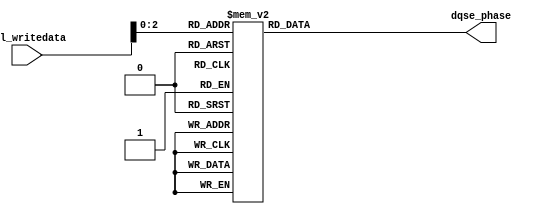
// (C) 2001-2016 Intel Corporation. All rights reserved.
// Your use of Intel Corporation's design tools, logic functions and other 
// software and tools, and its AMPP partner logic functions, and any output 
// files any of the foregoing (including device programming or simulation 
// files), and any associated documentation or information are expressly subject 
// to the terms and conditions of the Intel Program License Subscription 
// Agreement, Intel MegaCore Function License Agreement, or other applicable 
// license agreement, including, without limitation, that your use is for the 
// sole purpose of programming logic devices manufactured by Intel and sold by 
// Intel or its authorized distributors.  Please refer to the applicable 
// agreement for further details.



`timescale 1 ps / 1 ps

module sequencer_scc_acv_phase_decode
	# (parameter
    
	AVL_DATA_WIDTH          =   32,
	DLL_DELAY_CHAIN_LENGTH  =   8,
	USE_2X_DLL              =   "false"
        
	)
	(
    
	avl_writedata,
	dqse_phase
    
);

	input [AVL_DATA_WIDTH - 1:0] avl_writedata;

	// Arria V and Cyclone V only have dqse_phase control

	
	// phase decoding.
	output [3:0] dqse_phase;
	reg [3:0] dqse_phase;

generate
if (USE_2X_DLL == "true")
begin
	always @ (*) begin : decode_2x

		dqse_phase = 4'b0111;

		case (avl_writedata[2:0])
		3'b000: 
			begin
				dqse_phase = 4'b0100;
			end
		3'b001: 
			begin
				dqse_phase = 4'b0101;
			end
		3'b010: 
			begin
				dqse_phase = 4'b0110;
			end
		3'b011: 
			begin
				dqse_phase = 4'b0111;
			end
		3'b100: 
			begin
				dqse_phase = 4'b1000;
			end
		3'b101: 
			begin
				dqse_phase = 4'b1001;
			end
		3'b110: 
			begin
				dqse_phase = 4'b1010;
			end
		3'b111: 
			begin
				dqse_phase = 4'b1011;
			end
		default : begin end
		endcase
	end

end
else
begin
	always @ (*) begin : decode

		// DQSE = 270
		dqse_phase = 4'b0110;

		case (avl_writedata[2:0])
		3'b000: // DQSE = 90
			begin
				dqse_phase = 4'b0010;
			end
		3'b001: // DQSE = 135
			begin
				dqse_phase = 4'b0011;
			end
		3'b010: // DQSE = 180
			begin
				dqse_phase = 4'b0100;
			end
		3'b011: // DQSE = 225
			begin
				dqse_phase = 4'b0101;
			end
		3'b100: // DQSE = 270
			begin
				dqse_phase = 4'b0110;
			end
		3'b101: // DQSE = 315
			begin
				dqse_phase = 4'b1111;
			end
		3'b110: // DQSE = 360
			begin
				dqse_phase = 4'b1000;
			end
		3'b111: // DQSE = 405
			begin
				dqse_phase = 4'b1001;
			end
		default : begin end
		endcase
	end
end
endgenerate

endmodule